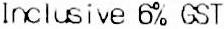
INCLUSIVE 6% GST